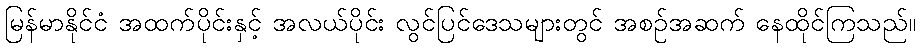
မြန်မာနိုင်ငံ အထက်ပိုင်းနှင့် အလယ်ပိုင်း လွင်ပြင်ဒေသများတွင် အစဉ်အဆက် နေထိုင်ကြသည်။